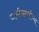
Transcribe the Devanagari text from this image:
जमीनदारीच्या